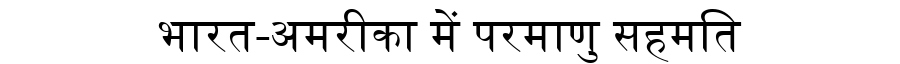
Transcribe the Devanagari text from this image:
भारत-अमरीका में परमाणु सहमति